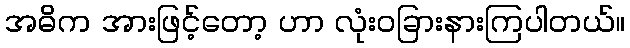
အဓိက အားဖြင့်တော့ ဟာ လုံးဝခြားနားကြပါတယ်။